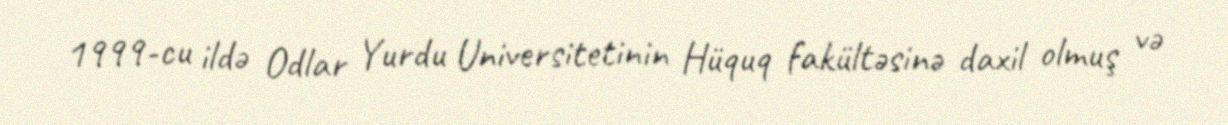
1999-cu ildə Odlar Yurdu Universitetinin Hüquq fakültəsinə daxil olmuş və